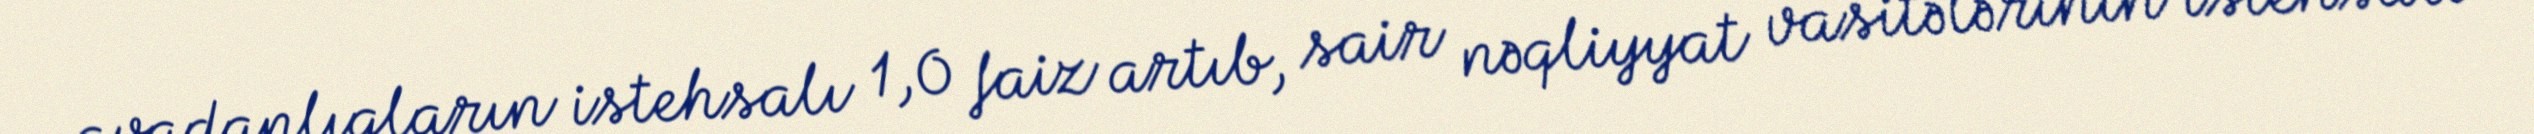
avadanlıqların istehsalı 1,0 faiz artıb, sair nəqliyyat vasitələrinin istehsalı